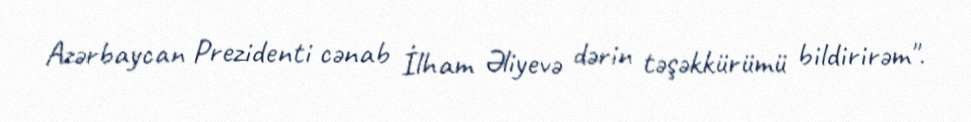
Azərbaycan Prezidenti cənab İlham Əliyevə dərin təşəkkürümü bildirirəm".